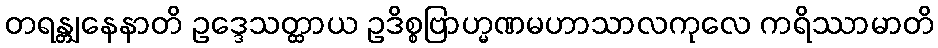
တရန္တျနေနာတိ ဥဒ္ဒေသတ္ထာယ ဥဒိစ္စဗြာဟ္မဏမဟာသာလကုလေ ကရိဿာမာတိ